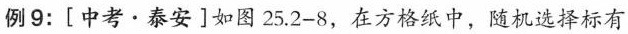
例9：[中考·泰安]如图25.2-8，在方格纸中，随机选择标有